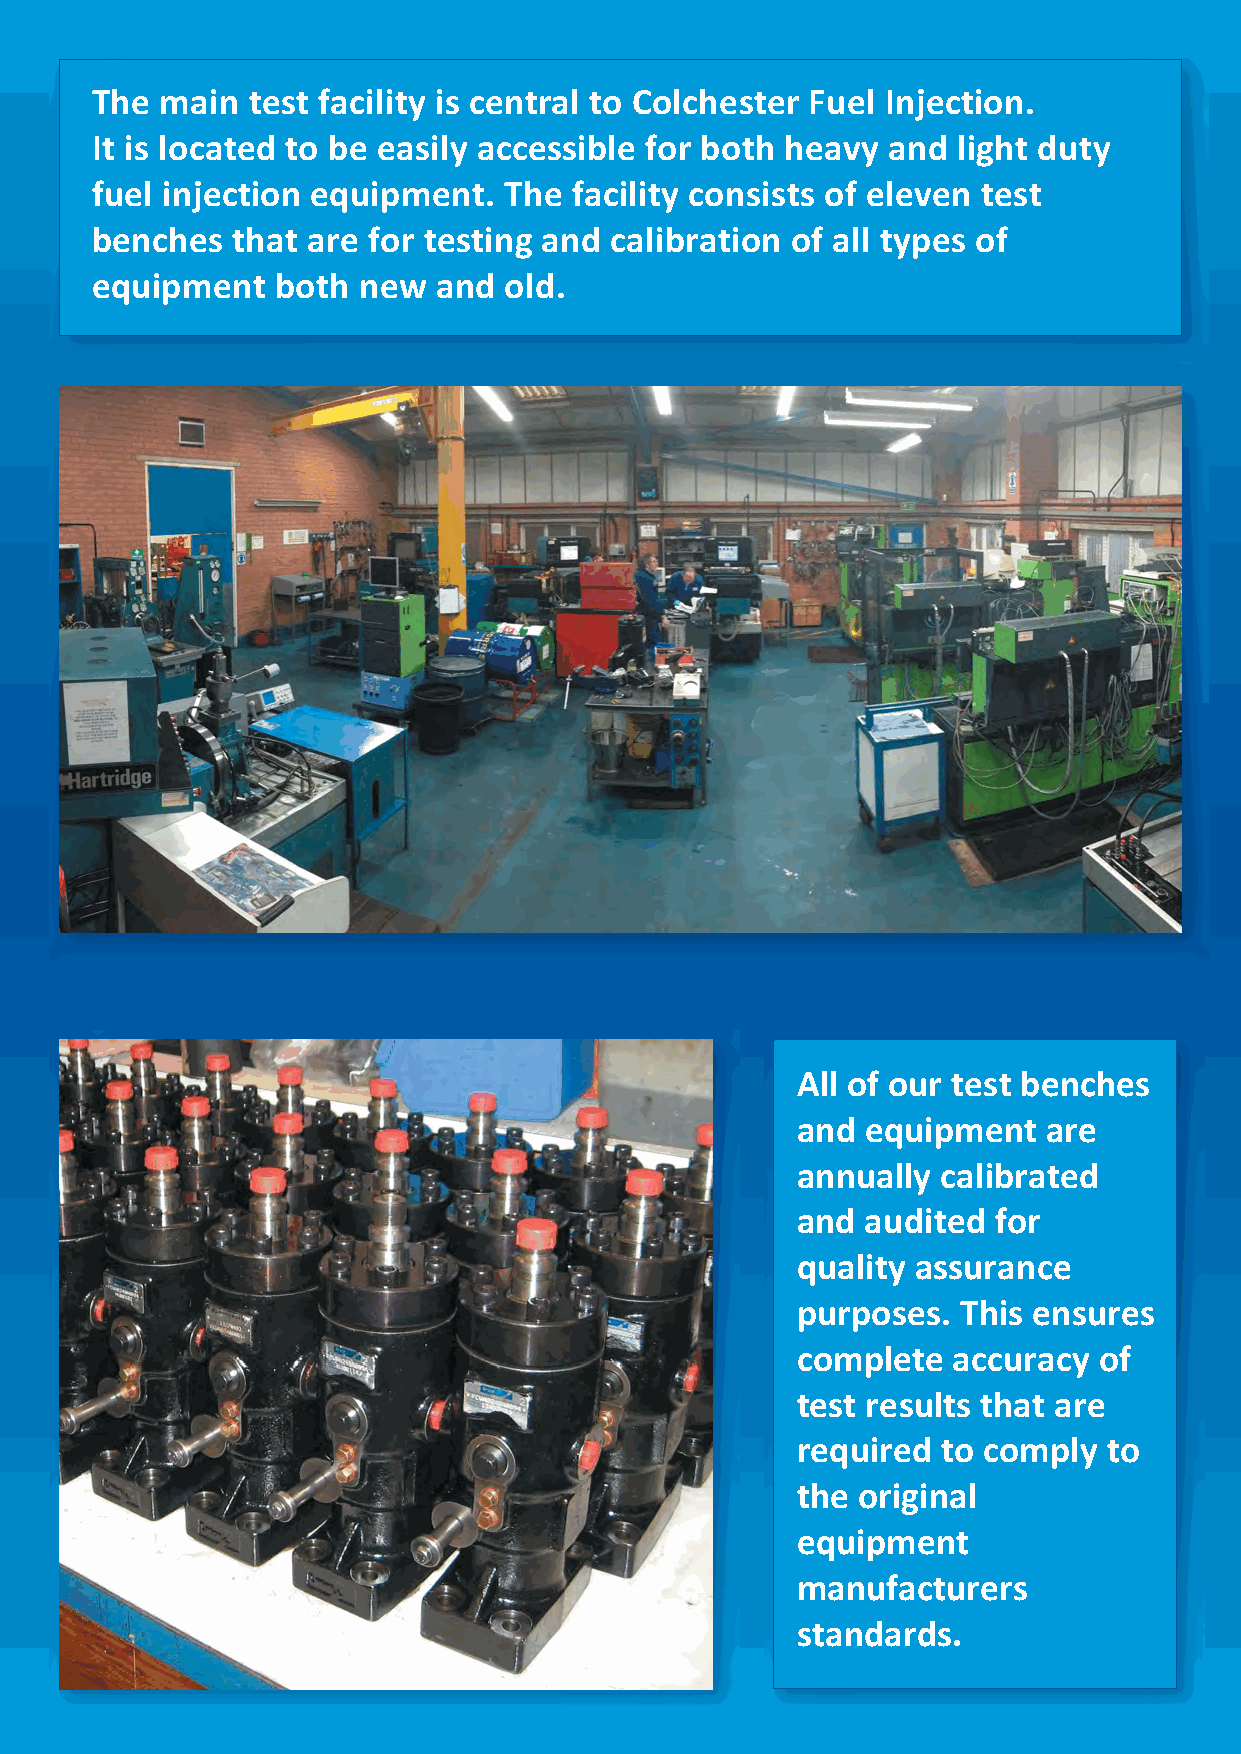
The  main test facility is central to Colchester Fuel Injection.
 It is located to be easily accessible for both heavy and light duty
 fuel injection equipment.  The  facility consists of eleven test
 benches  that are for testing and calibration of all types of
 equipment   both  new  and old.
 All of our test benches
 and equipment   are
 annually calibrated
 and audited  for
 quality assurance
 purposes.  This ensures
 complete  accuracy  of
 test results that are
 required to comply  to
 the original
 equipment
 manufacturers
 standards.